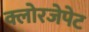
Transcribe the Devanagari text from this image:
क्लोरजेपेट